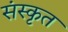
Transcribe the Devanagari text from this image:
संस्कृत